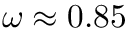
\omega \approx 0 . 8 5